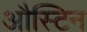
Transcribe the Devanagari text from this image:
औस्टिन